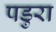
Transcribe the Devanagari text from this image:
पडुरा